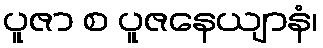
ပူဇာ စ ပူဇနေယျာနံ၊